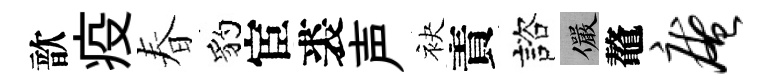
歆疫春豹宦裘声袂責諮儼鼇庵